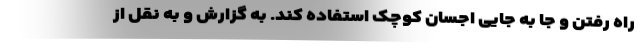
راه رفتن و جا به جایی اجسان کوچک استفاده کند. به گزارش و به نقل از